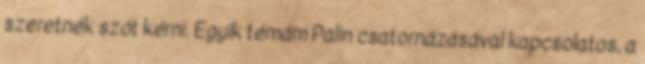
szeretnék szót kérni. Egyik témám Palin csatornázásával kapcsolatos, a